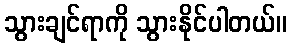
သွားချင်ရာကို သွားနိုင်ပါတယ်။